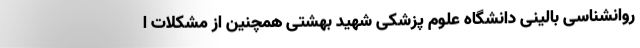
روانشناسی بالینی دانشگاه علوم پزشکی شهید بهشتی همچنین از مشکلات ا